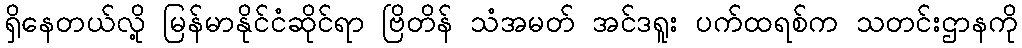
ရှိနေတယ်လို့ မြန်မာနိုင်ငံဆိုင်ရာ ဗြိတိန် သံအမတ် အင်ဒရူး ပက်ထရစ်က သတင်းဌာနကို